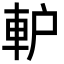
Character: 䡎